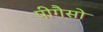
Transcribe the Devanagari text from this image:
पीगैसो